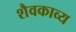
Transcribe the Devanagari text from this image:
शैवकाव्य